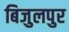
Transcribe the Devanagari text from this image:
बिजुलपुर